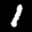
Label: 1